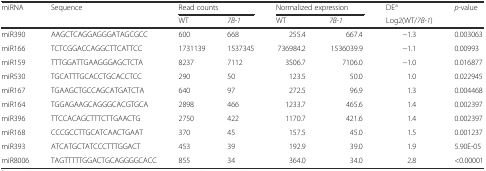
| <ROWSPAN=2> miRNA | <ROWSPAN=2> Sequence | <COLSPAN=2> Read counts | <COLSPAN=2> Normalized expression | DEa | <ROWSPAN=2> p-value |
 | WT | 7B-1 | WT | 7B-1 | Log2(WT/7B-1) |
 | --- | --- | --- | --- | --- | --- | --- | --- |
 | miR390 | AAGCTCAGGAGGGATAGCGCC | 600 | 668 | 255.4 | 667.4 | −1.3 | 0.003063 |
 | miR166 | TCTCGGACCAGGCTTCATTCC | 1731139 | 1537345 | 736984.2 | 1536039.9 | −1.1 | 0.00993 |
 | miR159 | TTTGGATTGAAGGGAGCTCTA | 8237 | 7112 | 3506.7 | 7106.0 | −1.0 | 0.016877 |
 | miR530 | TGCATTTGCACCTGCACCTCC | 290 | 50 | 123.5 | 50.0 | 1.0 | 0.022945 |
 | miR167 | TGAAGCTGCCAGCATGATCTA | 640 | 97 | 272.5 | 96.9 | 1.3 | 0.004468 |
 | miR164 | TGGAGAAGCAGGGCACGTGCA | 2898 | 466 | 1233.7 | 465.6 | 1.4 | 0.002397 |
 | miR396 | TTCCACAGCTTTCTTGAACTG | 2750 | 422 | 1170.7 | 421.6 | 1.4 | 0.002397 |
 | miR168 | CCCGCCTTGCATCAACTGAAT | 370 | 45 | 157.5 | 45.0 | 1.5 | 0.001237 |
 | miR393 | ATCATGCTATCCCTTTGGACT | 453 | 39 | 192.9 | 39.0 | 1.9 | 5.90E-05 |
 | miR8006 | TAGTTTTTGGACTGCAGGGGCACC | 855 | 34 | 364.0 | 34.0 | 2.8 | <0.00001 |